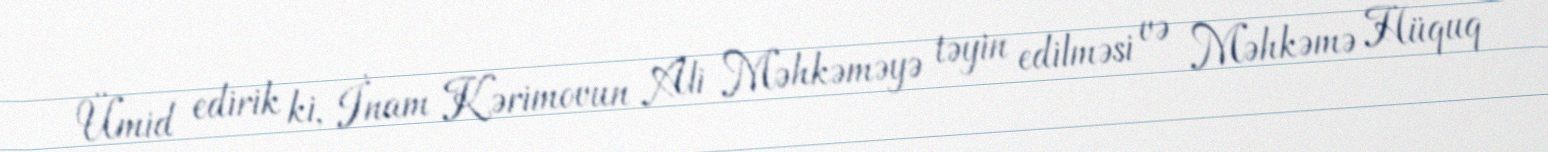
Ümid edirik ki, İnam Kərimovun Ali Məhkəməyə təyin edilməsi və Məhkəmə Hüquq